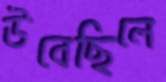
উবেছিলে